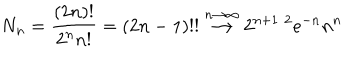
N _ { n } = { \frac { ( 2 n ) ! } { 2 ^ { n } n ! } } = ( 2 n - 1 ) ! ! \stackrel { n \to \infty } { \longrightarrow } 2 ^ { n + 1 / 2 } e ^ { - n } n ^ { n }